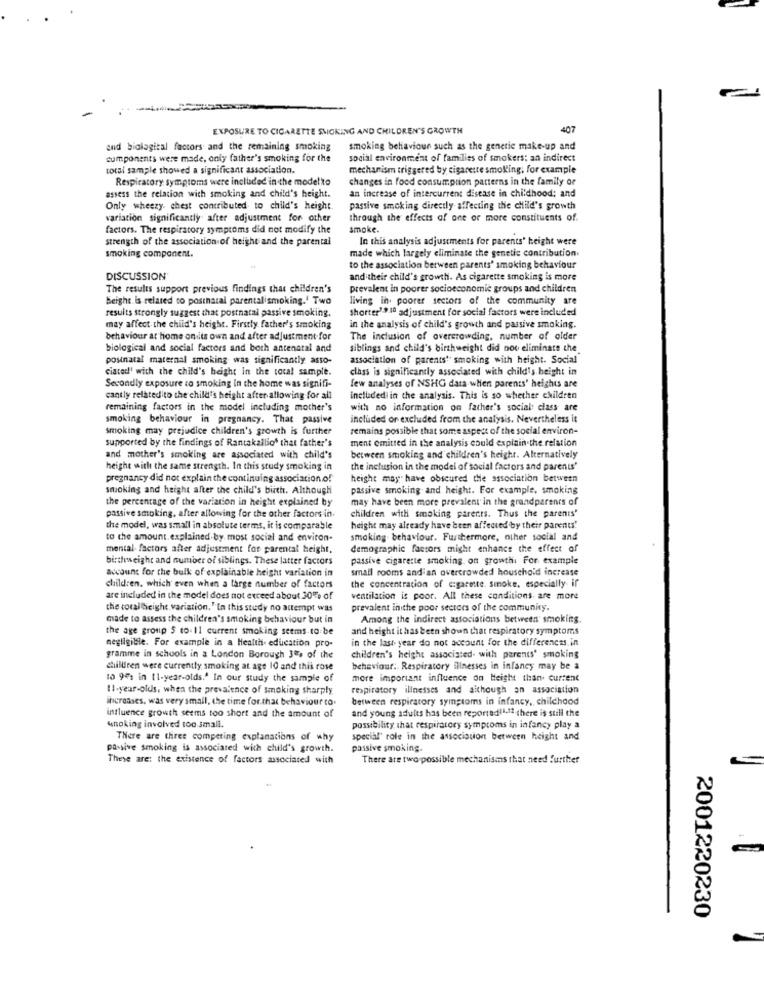
EXPOSURE TO CIGARETTE SMOKING AND CHILDREN'S GROWTH
407
and biological factors and the remaining smoking
smoking behaviour such as the genetic make-up and
cumponents were made, only father's smoking for the
social environment of families of smokers: an indirect
total sample showed a significant association.
mechanism triggered by cigarette smoking, for example
Respiratory symptoms were included in the modelto
changes in food consumption patterns in the family or
assess the relation with smoking and child's height.
an increase of intercurrent disease in childhood; and
Only wheezy chest contributed to child's height
passive smoking directly affecting the child's growth
variation significantly after adjustment for other
through the effects of one or more constituents of.
factors. The respiratory symptoms did not modify the
smoke.
strength of the association of height and the parental
In this analysis adjustments for parents' height were
made which largely eliminate the genetic contribution.
smoking component.
to the association between parents' smoking behaviour
DISCUSSION
and their child's growth. As cigarette smoking is more
The results support previous findings that children's
prevalent in poorer socioeconomic groups and children
Beight is related to postnatal parentalismoking.' Two
living in. poorer sectors of the community are
results strongly suggest that postnatal passive smoking.
shorter' 9 10 adjustment for social factors were included
may affect the child's height. Firstly father's smoking
in the analysis of child's growth and passive smoking.
behaviour at home onits own and after adjustment for
The inclusion of overcrowding, number of older
biological and social factors and both antenatal and
siblings and child's birthweight did not eliminate the
postnatal maternal smoking was significantly asso-
association of parents' smoking with height. Social
ciated' with the child's height in the total sample.
class is significantly associated with child's height in
Secondly exposure to smoking in the home was signifi-
few analyses of NSHG data when parents' heights are
cantly relatedito the child's height after allowing for all
included in the analysis. This is so whether children
remaining factors in the model including mother's
with no information on father's social class are
smoking behaviour in pregnancy. That passive
included or excluded from the analysis. Nevertheless it
smoking may prejudice children's growth is further
remains possible that some aspect of the social environ-
supported by the findings of Rantakalliof that father's
ment emitted in the analysis could explain the relation
and mother's smoking are associated with child's
between smoking and children's height. Alternatively
height with the same strength. In this study smoking in
the inclusion in the model of social factors and parents'
pregnancy did not explain the continuing association of
height may have obscured the association between
smoking and height after the child's birth. Although
passive smoking and height. For example, smoking
the percentage of the variation in height explained by
may have been more prevalent in the grandparents of
children with smoking parents. Thus the parents'
passive smoking, after allowing for the other factors in.
the model, was small in absolute terms, it is comparable
height may already have been affected by their parents'
to the amount. explained by. most social and environ-
smoking. behaviour. Furthermore, other social and
mental. factors after adjustment for parental height.
demographic factors might enhance the effect of
birthweight and number of siblings. These latter factors
passive cigarette smoking on growthi For example
account for the bulk of explainable height variation in
small rooms and an overcrowded household increase
children, which even when a large number of factors
the concentration of e:garete. smoke, especially if
are included in the model does not exceed about 30% of
ventilation is poor. All these conditions are more
the coraltheight. variation. " In this study no attempt was
prevalent inithe poor sectors of the community.
made to assess the children's smoking behaviour but in
Among the indirect associations between" smoking
the age group 5 to.11 current smoking seems to be
and height it has been shown that respiratory symptoms
negligible. For example in a Health education pro-
in the last year do not account for the differences in
gramme in schools in a London Borough 3, of the
children's height associated. with parents' smoking
children were currently smoking at age 10 and this rose
behaviour: Respiratory illnesses in infancy may be a
to 941 in (1-year-olds." In our study the sample of
more important influence on Height than. current
Il-year-olds, when the prevalence of smoking sharply
respiratory illnesses and although an association
increases, was very small, the time for.that behaviour co.
between respiratory symptoms in infancy, childhood
and young adults has been reported11.11 there is still the
influence growth seems too short and the amount of
unoking involved too small.
possibility that respiratory symptoms in infancy play a
There are three competing explanations of why
special" role in the association between height and
passive smoking is associated with child's growth.
passive smoking.
These are: the existence of factors associated with
There are two possible mechanisms that need further
2001220230